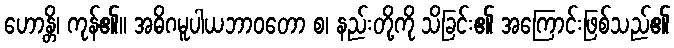
ဟောန္တိ၊ ကုန်၏။ အဓိဂမူပါယဘာဝတော စ၊ နည်းတို့ကို သိခြင်း၏ အကြောင်းဖြစ်သည်၏